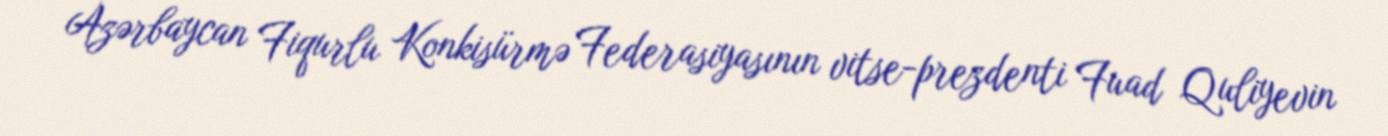
Azərbaycan Fiqurlu Konkisürmə Federasiyasının vitse-prezdenti Fuad Quliyevin